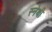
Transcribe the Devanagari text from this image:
स्नेथी